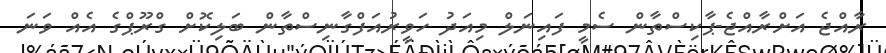
ރާއްޖެ އަށްރާއްޖެ-ޕާކިސްތާން ސެމީ ފައިނަލް މިއަދު ހަވީރުއަފްގާނިސްތާން ބަލިކޮށް ގްރޫޕްގެ އެއް ވަނަ